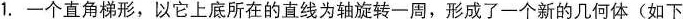
1.一个直角梯形，以它上底所在的直线为轴旋转一周，形成了一个新的几何体(如下